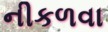
નીકળવા